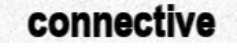
connective